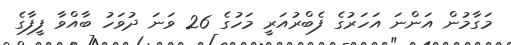
މަގާމުން އަންނަ އަހަރުގެ ފެބްރުއަރީ މަހުގެ 26 ވަނަ ދުވަހު ބާއްވާ ފީފާގެ